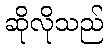
ဆိုလိုသည်